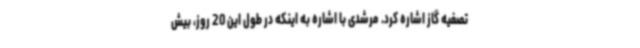
تصفیه گاز اشاره کرد. مرشدی با اشاره به اینکه در طول این 20 روز، بیش